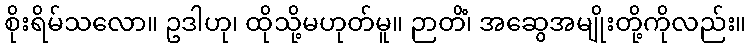
စိုးရိမ်သလော။ ဥဒါဟု၊ ထိုသို့မဟုတ်မူ။ ဉာတိံ၊ အဆွေအမျိုးတို့ကိုလည်း။